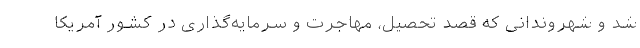
شد و شهروندانی که قصد تحصیل، مهاجرت و سرمایه‌گذاری در کشور آمریکا